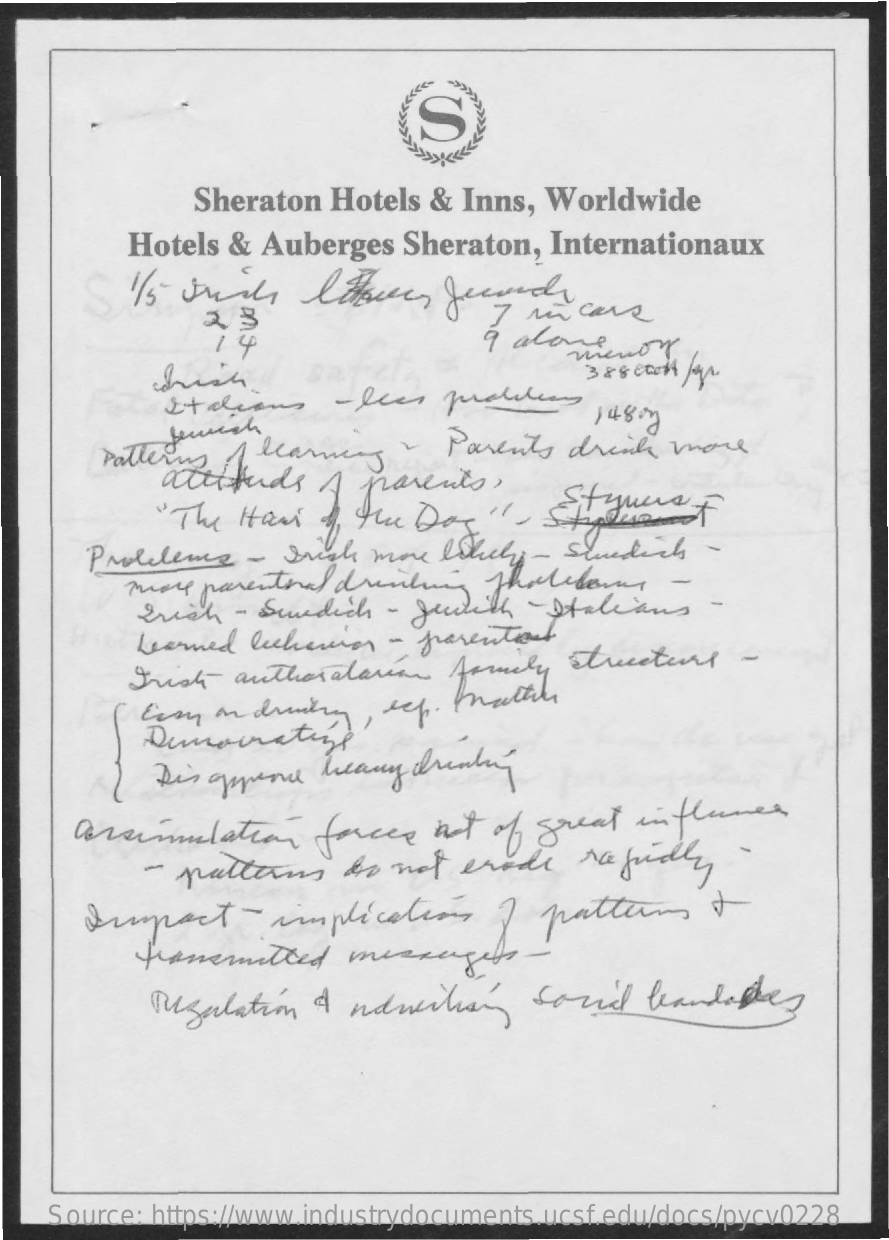
(S
     Free-
     Sheraton  Hotels & Inns,  Worldwide
     Hotels & Auberges   Sheraton,  Internationaux
     9 alone
     which
     menor
     Patterns   learning   -  Parents  drink   more
     attitude    A  parents,
     Stylusf
     Proleleme  -  Suich more  Dokuchy - Slunedich -
     madde parenteel drinking  thalidom    -
     Erich   - Suedich  - gewith    Italians    -
     Learned lechiavion - prevention
     Trish  authoralarcon   Atruly   Streetent    -
     Demouratize
     Dis quence  heavy  drinking
     assimilation    forces   not  of great  in flames
     - patterns    do not  erade    rapidly    -
     Suspect    -implications    I  pattern    +
     Regulation  I  nawilions    social   leandares
    Source: https://www.industrydocuments.ucsf.edu/docs/pycv0228